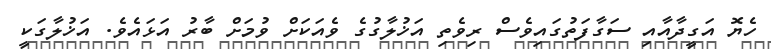
ހެޔޮ އަގީދާއާއި ސަގާފަތުގައިވެސް ރިވެތި އަޚުލާގުގެ ވެއަކަށް ވުމަށް ބާރު އަޅައެވެ. އަޚުލާގަކީ